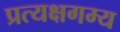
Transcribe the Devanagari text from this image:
प्रत्यक्षगम्य